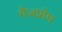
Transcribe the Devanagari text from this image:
गैजप्रोम